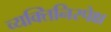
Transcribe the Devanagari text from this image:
व्यक्तिनिरपेक्ष